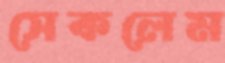
সেকলেম